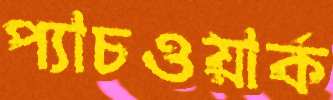
প্যাচওয়ার্ক